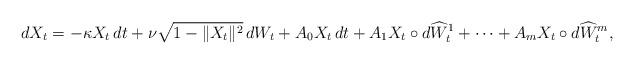
LaTeX: \begin{align*}dX_t = -\kappa X_t\, dt + \nu \sqrt{1-\|X_t\|^2}\, dW_t + A_0X_t\,dt + A_1X_t\circ d\widehat W^1_t + \cdots + A_mX_t\circ d\widehat W^m_t,\end{align*}